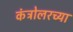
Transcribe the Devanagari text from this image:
कंट्रोलरच्या